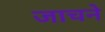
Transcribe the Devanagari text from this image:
जाचने